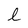
Character: l